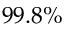
9 9 . 8 \%